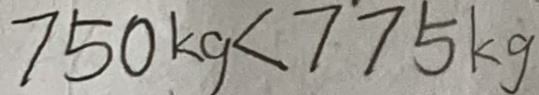
7 5 0 k g < 7 7 5 k g